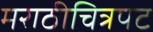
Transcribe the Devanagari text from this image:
मराठीचित्रपट